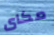
مكاى